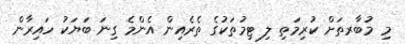
މި މުބާރތަށް ކުރިމަތި ލި ޓިމުތަކުގެ ތެރެއިން އެންމެ ގިނަ ބަޔަކު ހައިރާން